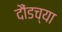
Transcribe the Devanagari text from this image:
दौंडच्या